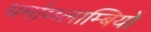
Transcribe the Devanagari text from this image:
धर्माव्ब्लाम्बियों